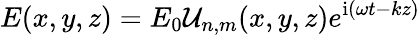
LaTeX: E(x,y,z)=E_{0}\mathcal{U}_{n,m}(x,y,z)e^{\mathrm{i}\left(\omega t-kz\right)}